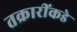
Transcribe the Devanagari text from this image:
तक्रारींकडे